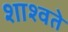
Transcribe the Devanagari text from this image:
शाश्वते